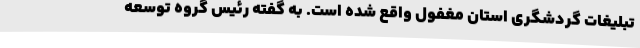
تبلیغات گردشگری استان مغفول واقع شده است. به گفته رئیس گروه توسعه